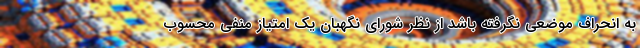
به انحراف موضعی نگرفته باشد از نظر شورای نگهبان یک امتیاز منفی محسوب